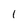
Character: 1